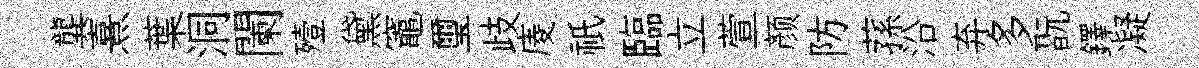
龔熹葉洞闌殪黛竈璽歧庱祇臨立萱颜防蓀沿弃多翫鐸凝